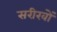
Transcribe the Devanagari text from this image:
सरीखों